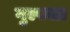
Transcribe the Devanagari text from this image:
गुल्फाग्र